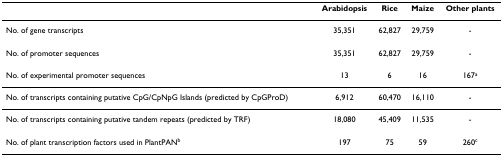
|  | Arabidopsis | Rice | Maize | Other plants |
 | --- | --- | --- | --- | --- |
 | No. of gene transcripts | 35,351 | 62,827 | 29,759 | - |
 | No. of promoter sequences | 35,351 | 62,827 | 29,759 | - |
 | No. of experimental promoter sequences | 13 | 6 | 16 | 167a |
 | No. of transcripts containing putative CpG/CpNpG Islands (predicted by CpGProD) | 6,912 | 60,470 | 16,110 | - |
 | No. of transcripts containing putative tandem repeats (predicted by TRF) | 18,080 | 45,409 | 11,535 | - |
 | No. of plant transcription factors used in PlantPANb | 197 | 75 | 59 | 260c |